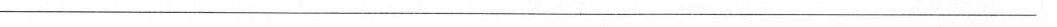
___